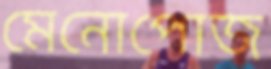
মেনোপোজ